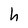
Character: h